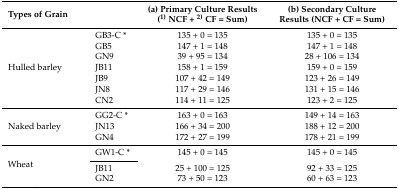
| <COLSPAN=2> Types of Grain | (a) Primary Culture Results (1) NCF + 2) CF = Sum) | (b) Secondary Culture Results (NCF + CF = Sum) |
 | --- | --- | --- | --- |
 | <ROWSPAN=7> Hulled barley | GB3-C * | 135 + 0 = 135 | 135 + 0 = 135 |
 | GB5 | 147 + 1 = 148 | 147 + 1 = 148 |
 | GN9 | 39 + 95 = 134 | 28 + 106 = 134 |
 | JB11 | 158 + 1 = 159 | 159 + 0 = 159 |
 | JB9 | 107 + 42 = 149 | 123 + 26 = 149 |
 | JN8 | 117 + 29 = 146 | 131 + 15 = 146 |
 | CN2 | 114 + 11 = 125 | 123 + 2 = 125 |
 | <ROWSPAN=3> Naked barley | GG2-C * | 163 + 0 = 163 | 149 + 14 = 163 |
 | JN13 | 166 + 34 = 200 | 188 + 12 = 200 |
 | GN4 | 172 + 27 = 199 | 178 + 21 = 199 |
 | <ROWSPAN=3> Wheat | GW1-C * | 145 + 0 = 145 | 145 + 0 = 145 |
 | JB11 | 25 + 100 = 125 | 92 + 33 = 125 |
 | GN2 | 73 + 50 = 123 | 60 + 63 = 123 |